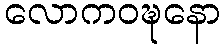
လောကဝဍ္ဎနော